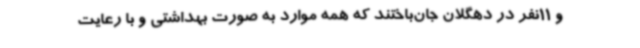
و 11نفر در دهگلان جان‌باختند که همه موارد به صورت بهداشتی و با رعایت